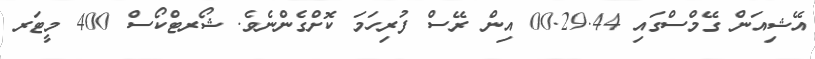
އޭޝިއަން ގޭމްސްގައި 00.29.44 އިން ރޭސް ފުރިހަމަ ކޮށްގެންނެވެ. ޝޯރޓްކޯސް 400 މީޓަރ